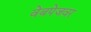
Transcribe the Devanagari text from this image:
वेबपेजवर